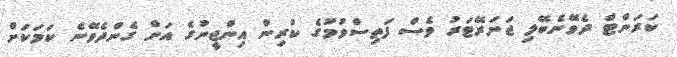
ކަރަންޓް ދެވޭނެބޭލި ޖަނަރޭޓަރު ވެސް ފަތިސްވުމުގެ ކުރިން އިންޖީނުގެ އަށް ގެންދެވޭނެ ކަމަކަށް